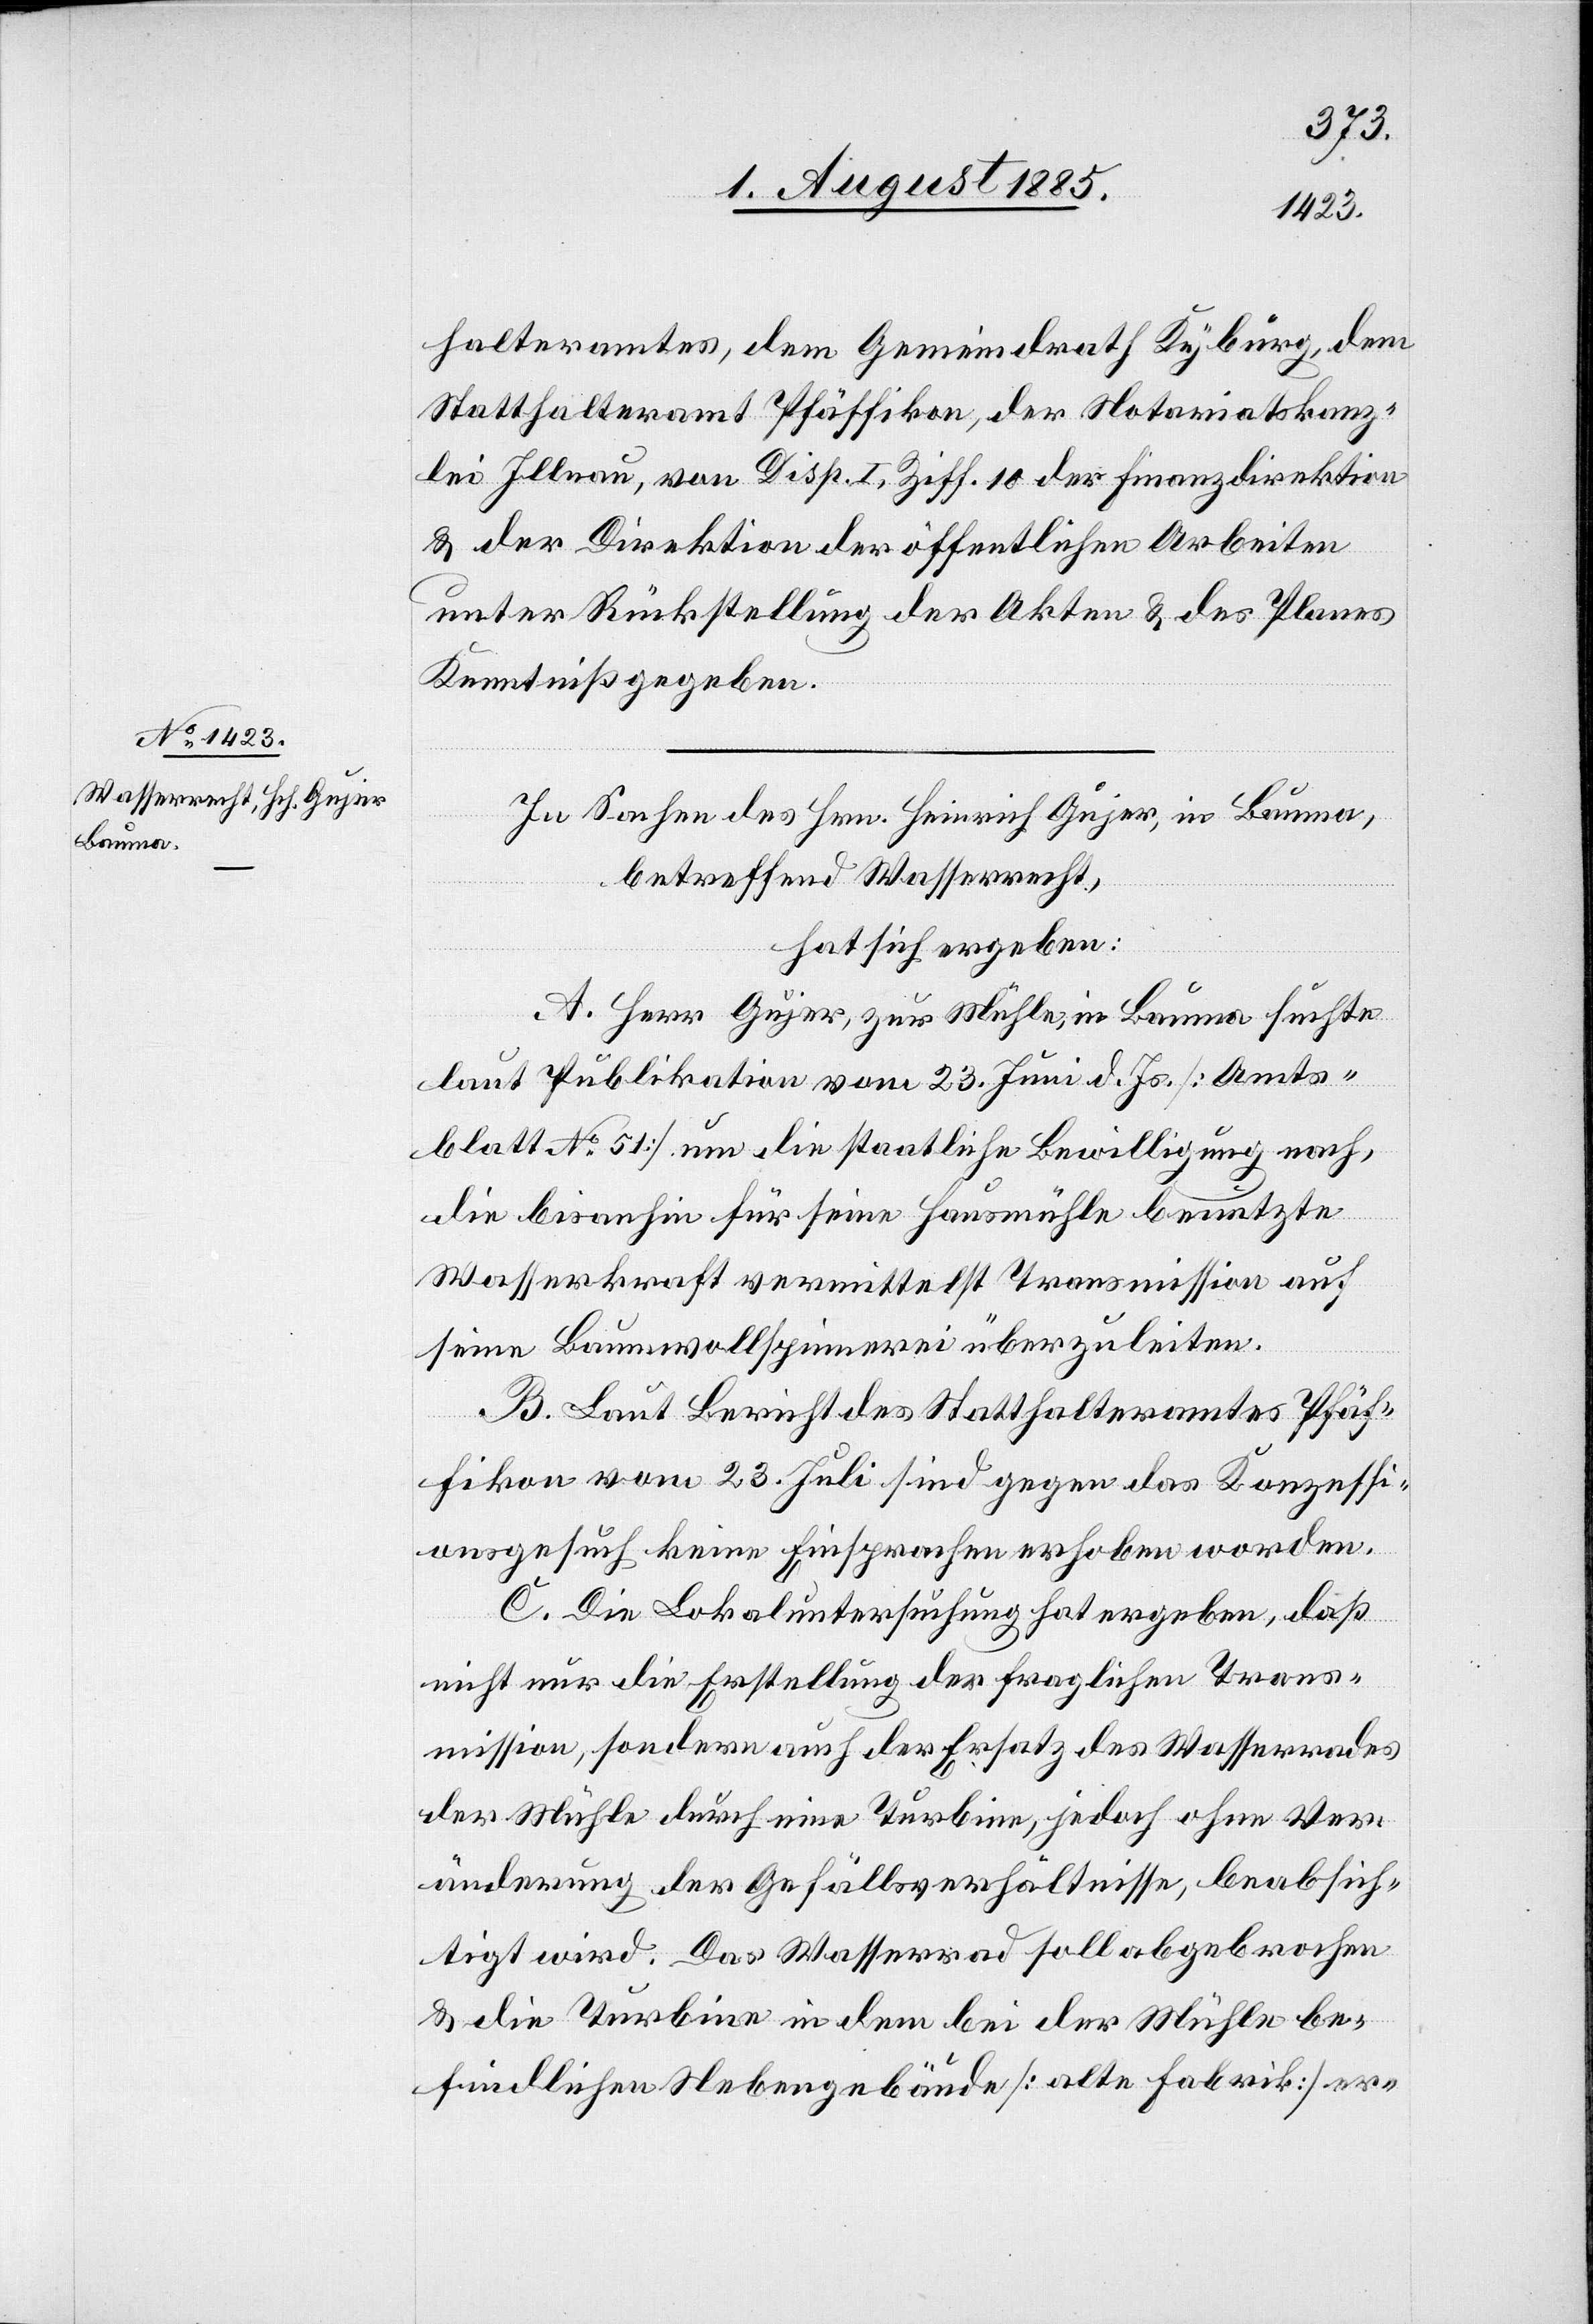
halteramtes, dem Gemeindrath Kyburg, dem
Statthalteramt Pfäffikon, der Notariatskanz¬
lei Illnau, von Disp. I, Ziff. 10 der Finanzdirektion
& der Direktion der öffentlichen Arbeiten
unter Rückstellung der Akten & des Planes
Kenntniß gegeben.
In Sachen des Hrn. Heinrich Gujer, in Bauma,
betreffend Wasserrecht,
hat sich ergeben:
A. Herr Gujer, zur Mühle, in Bauma suchte
laut Publikation vom 23. Juni d. Js. [Amts¬
blatt No 51] um die staatliche Bewilligung nach,
die bisanhin für seine Hausmühle benutzte
Wasserkraft vermittelst Transmission auf
seine Baumwollspinnerei überzuleiten.
B. Laut Bericht des Statthalteramtes Pfäf¬
fikon vom 23. Juli sind gegen das Konzessi¬
onsgesuch keine Einsprachen erhoben worden.
C. Die Lokaluntersuchung hat ergeben, daß
nicht nur die Erstellung der fraglichen Trans¬
mission, sondern auch der Ersatz des Wasserrades
der Mühle durch eine Turbine, jedoch ohne Ver¬
änderung der Gefällsverhältnisse, beabsich¬
tigt wird. Das Wasserrad soll abgebrochen
& die Turbine indem bei der Mühle be¬
findlichen Nebengebäude [alte Fabrik] er-